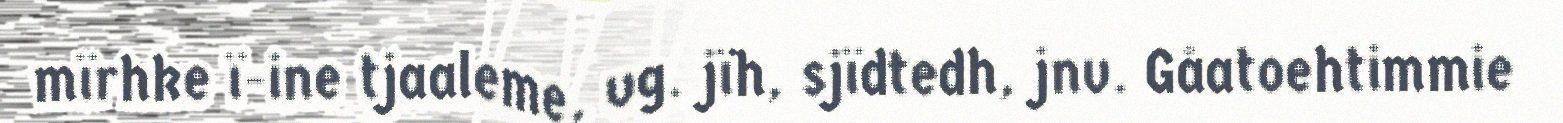
mïrhke ï-ine tjaaleme, vg. jïh, sjïdtedh, jnv. Gåatoehtimmie